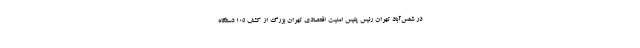
در شمس‌آباد تهران رئیس پلیس امنیت اقتصادی تهران بزرگ از کشف ۱۰۵ دستگاه